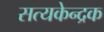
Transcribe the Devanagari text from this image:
सत्यकेन्द्रक